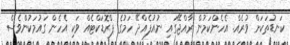
ކަނޑުތަކަށް ވުރެއް. އެހެންކަމުން ރާއްޖޭގައި ނުއުފެއްދޭ ހަމުގެ ޕްރޮޑަކްޓެއް ވަކި އެހެން ގައުމަކުންވެސް